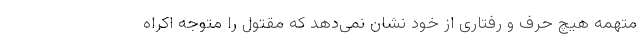
متهمه هیچ حرف و رفتاری از خود نشان نمی‌دهد که مقتول را متوجه اکراه